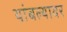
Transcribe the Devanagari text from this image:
थांबल्यावर